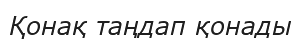
Қонақ таңдап қонады